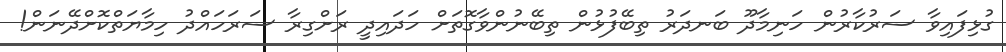
ގުޅިފައިވާ ސަރުކާރުން ހަނިމާދޫ ބަނދަރު ތިބޭފުޅުން ތިބޭނުންވާގޮތަށް ހަދައިދީ ރަށްގިރާ ސަރަހައްދު ހިމާޔަތްކޮށްދޭނަން!